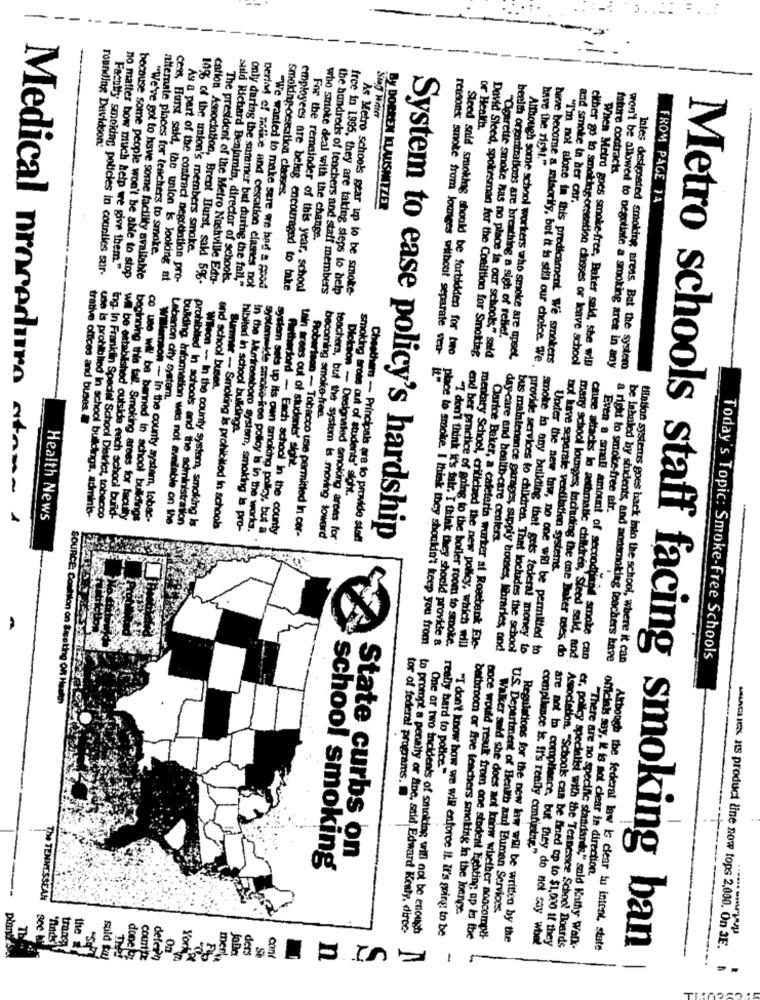
-
--
-
-
---
--
or Health.
rounding Davidson:
have the right."
fature contracts
smoking cessation classes.
By DORREN KLAUSMITZER
and smoke in her car.
FROM PAGE 74
ressons smoke from loure
10% of the union's members smoke.
who smoke deal with the change.
alternate places for teachers to smoke.
Faculty smoking policies in counties sur-
no matter how much help we give them"
because some people won't be able to stop
"We've got to have some facility available
cess Hurst said, the union is looking at
As a part of the contract negotiation pro-
cation Association, Brent Hurst, said 5%.
The president of the Metro Nashville Eda-
suld Richard Benjamin, director of schools.
only daring the suramer but during the fall,"
period of notice and cessation classes not
"We wanted to make sure we had a good
employees are belig encouraged to take
For the remainder of this year, school
the hundreds of teachers and staff members
free in 1995, they are taking steps to help
As Metro schools gear up to be smoke-
Wilson
beelth organizations are breathing a sigh of relief.
Diet
conges without separate ven-
Sleed said smoking should be forbidden for two
David Sieed, spokesman for the Coalition for Smoking
Although some school workers who smoke are upset.
beve become a minority, but it is still our choice. We.
"I'm not alone in this predicament We smokers
either go to smoking cessation classes or leave school
When Metro goes smoke free, Baker said, she wil
won't be allowed to negotiate a smoking area in any
Intes designated smoking areas Bat the system
and school busea.
Leberion city system.
trative offices and buses.
becoming smoke-free.
hibited in school buildings.
tain areas out of students' sionie.
smoking arose out of students' sight.
ing. In Franklin Speciel School District, tobacco
a right to smoke-free atr.
Health News
Medical procedure sto»~ 1
use is prohibited in school buildings, adminis-
wil be established outside ench school bund'
beginning this fall. Smoking areas for faculty
co use Will be banned In school buildings
son -- in the county system, tobac-
building information was not available on the
hibited in schools and the administration
Lahvon - In the county system, smoking Is
mner - Smoking is prohibited in schools
In the Muriresaboro system, smoking Is pro-
systemwide smoke-kree policy is in the works.
yslem sets up its own smoking policy, but a
Authorsand - Each school In the county
Robertson - Tobacco use permitted In cor-
teachers, but the system is moving toward
- Designated smoking arens for
Deother - Principals are to provide staff
System to ease policy's hardship
day-care and health-care centers.
oot have separate ventilation systems.
place to smoke. I think they shouldn't keep you from
end ber practice of going to the boiler room to smoke.
"I don't think it's fair. I think they should provide &
Clarice Baker, a cafeteria worker at Rogebenk Ele-
"Cigarette smoke has no place in our schools," said mentary School, criticized the new policy, which will
bus maintenance garages, supply houses, Noraries, and
provide services to children. That includes the school
smoke in any building that gets federal money to
Under the new taw, no one will be permitted to
many school lounges, including the one Baker uses, do
cause attacks lo asthmatic children, Sieed sald, and
Even a small amount of secondtiand smoke can
be inbaled by students, and nonsmoking teachers have
tiation systerus goes back into the school, where it can
Today's Topic: Smoke-Free Schools
really hard to police."
tor of federal programs.
State curbs on
compliance is. fr's really confuetne."
school smoking
officials say, it is not clear in direction.
The TENNESSEAN
U.S. Department of Health and Ehuman Services.
bathrooms or five teachers smoking in the langt.
Sce
to prompt a penalty or fine, said Edward Kenly, direc-
One or two incidents of smoldag will not be enough
"I don't know how we will enforce il. It's going to be
TH
once would result from one student Eghting ap is the
Walker seld she does not know whether noncomp !!-
Regulations for the new law wil be written by the
are not to compliance, but they do not say what
Association. "Schools can be fined up to $1,000 if they
er. policy specialist with the Tennessee School Boards
the
ders
con
"There are no specific standards," sald Kathy Walk-
Although the federal law is clear tu intent, state
Metro schools staff facing smoking ban
MANCHIEN IS product line now tops 2,000. On 3E.
sold tal
done by
deleri
York
mer